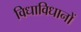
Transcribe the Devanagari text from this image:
विधाविधानों